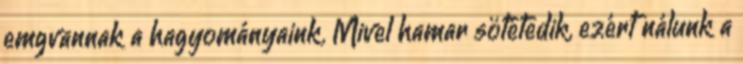
emgvannak a hagyományaink. Mivel hamar sötétedik, ezért nálunk a